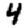
Digit: 4